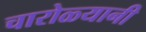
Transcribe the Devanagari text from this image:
चारोळ्यानी